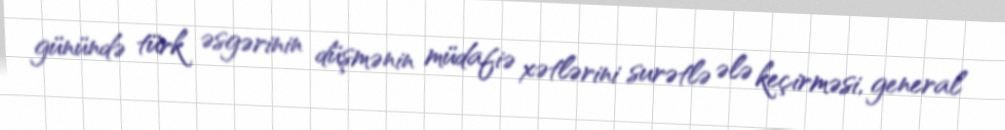
günündə türk əsgərinin düşmənin müdafiə xətlərini surətlə ələ keçirməsi, general